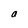
Character: a